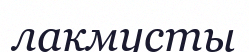
лакмусты